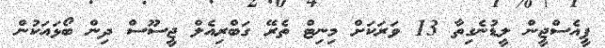
ޕީއެސްޖީން ލީޑުނެގިތާ 13 ވަަރަކަށް މިނިޓް ތެރޭ ގަބްރިއެލް ޖީސޫސް ދިން ބޯޅައަކުން